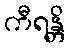
ကီရန္တိ